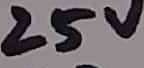
Text: 25V